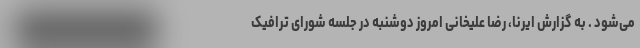
می‌شود . به گزارش ایرنا، رضا علیخانی امروز دوشنبه در جلسه شورای ترافیک